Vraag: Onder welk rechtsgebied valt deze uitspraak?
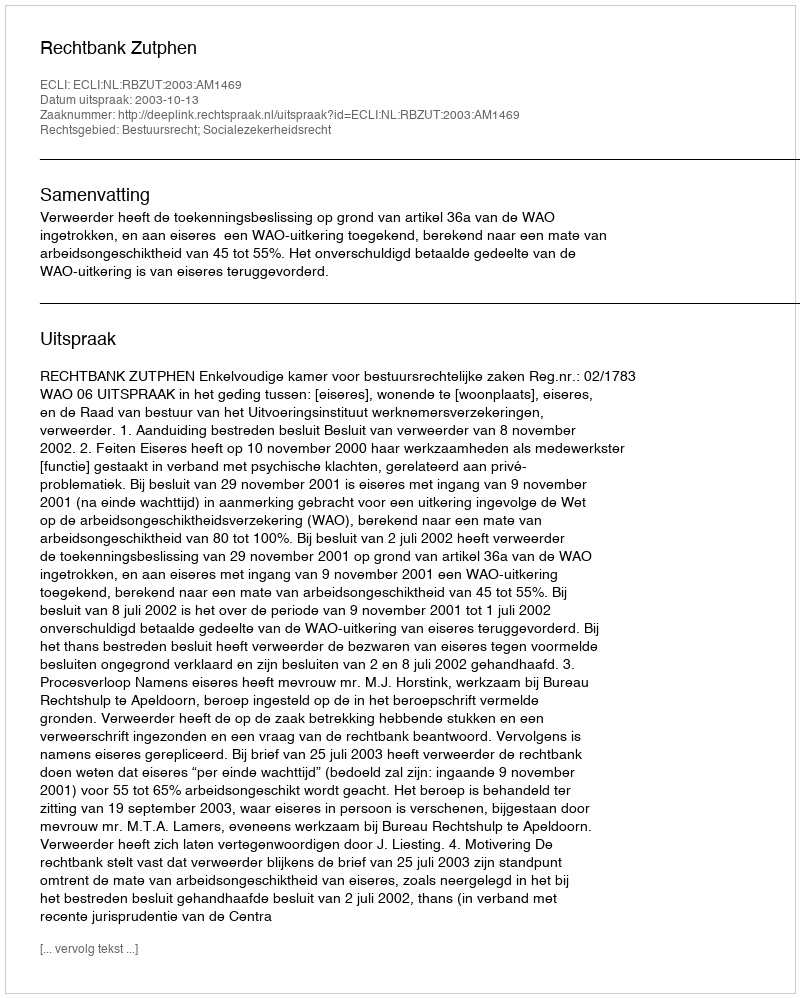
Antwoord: Bestuursrecht; Socialezekerheidsrecht